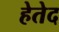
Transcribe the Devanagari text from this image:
हेतेद